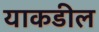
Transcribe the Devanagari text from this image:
याकडील